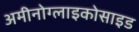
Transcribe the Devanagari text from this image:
अमीनोग्लाइकोसाइड